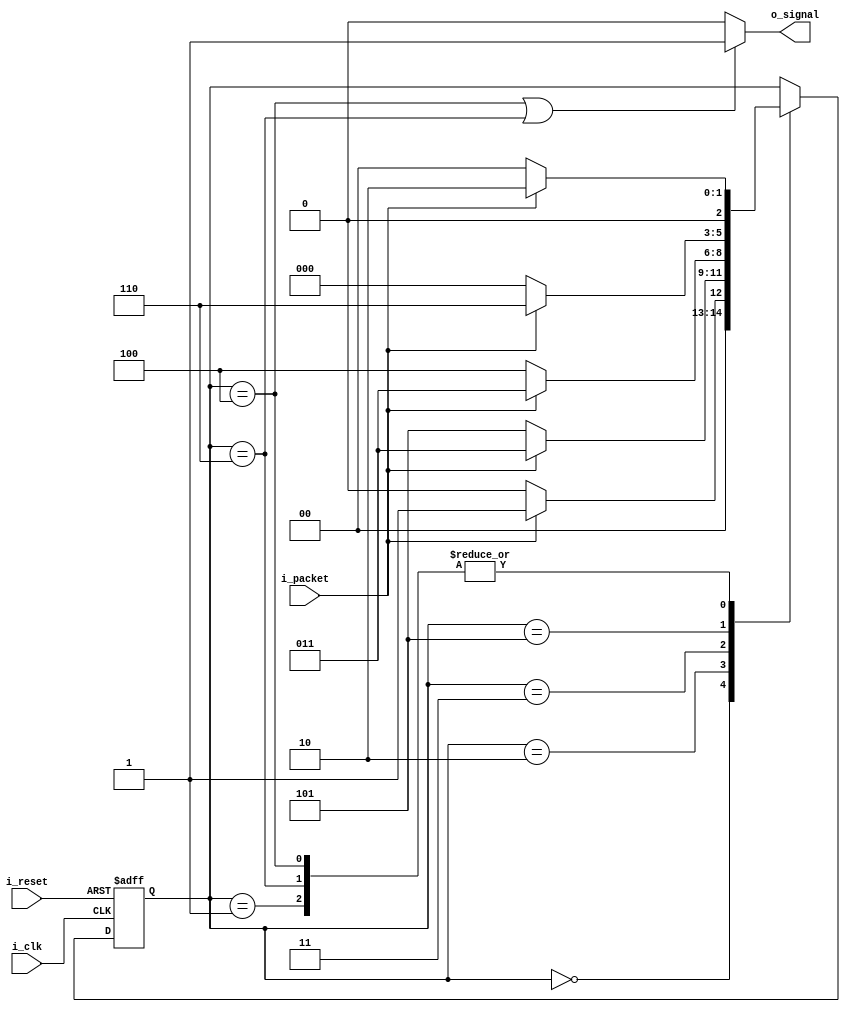
module mooreFSM(i_clk, i_reset, i_packet, o_signal);
	input i_clk, i_reset, i_packet;
	output o_signal;
  
  
  parameter idle = 3'b000;
  parameter A = 3'b001;
  parameter B = 3'b010;
  parameter C = 3'b011;
  parameter D = 3'b100;
  parameter E = 3'b101;
  parameter F = 3'b110;
  
  
  reg [2:0] state = idle;
  
  always @ (posedge i_clk or posedge i_reset) begin
    if(i_reset)
	   state <=idle;
	 else 
	   case(state)
		   idle : if(i_packet == 1) state <= A;
			       else state <= idle;
			A : if(i_packet == 1) state <= B;
			    else state <= idle;
			B : if(i_packet == 1) state <= C;
			    else state <= E;
			C : if(i_packet == 1) state <= C;
			    else state <= D;
			D : if(i_packet == 1) state <= B;
			    else state <= idle; //also output high
			E : if(i_packet == 1) state <= F;
			    else state <= idle;
			F : if(i_packet == 1) state <= B;
			    else state <= idle;	//also output high as well
		endcase
    end
	 
    assign o_signal = (state == D || state == F)? 1:0;
	 
endmodule